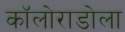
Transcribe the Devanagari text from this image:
कॉलोराडोला